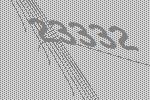
23332